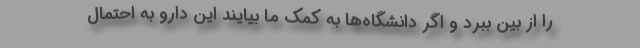
را از بین ببرد و اگر دانشگاه‌ها به کمک ما بیایند این دارو به احتمال